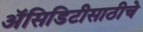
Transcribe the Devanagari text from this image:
अॅसिडिटीसाठीचे